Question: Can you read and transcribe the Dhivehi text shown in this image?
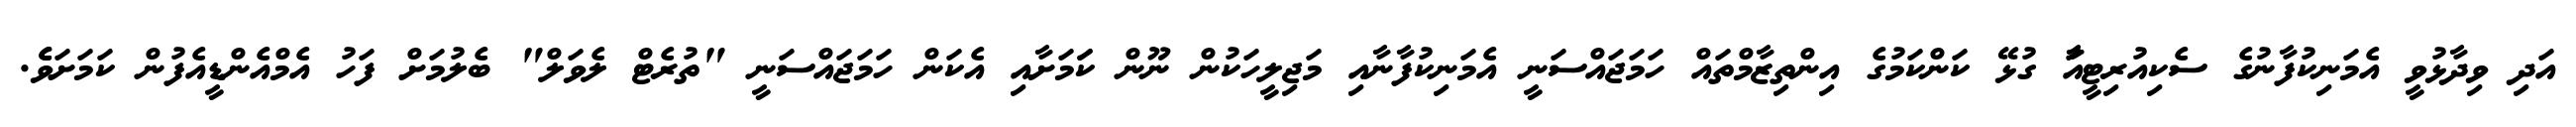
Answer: އަދި ވިދާޅުވީ އެމަނިކުފާނުގެ ސެކިއުރިޓީއާަ ގުޅޭ ކަންކަމުގެ އިންތިޒާމްތައް ހަމަޖައްސަނީ އެމަނިކުފާނާއި މަޖިލީހަކުން ނޫން ކަަމަށާއި އެކަން ހަމަޖައްސަނީ "ތުރެޓް ލެވަލް" ބެލުމަށް ފަހު އެމްއެންޑީއެފުން ކަމަށަވެެ.